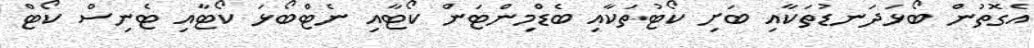
އެގޮތުން ބޯޅަދަނޑުތަކާއި ބަށި ކޯޓުތަކާއި ބެޑްމިންޓަން ކޯޓާއި ނެޓްބޯޅަ ކޯޓާއި ޓެނިސް ކޯޓް